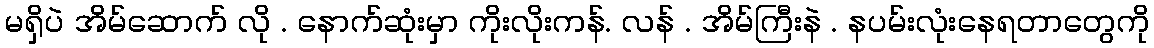
မရှိပဲ အိမ်ဆောက် လို . နောက်ဆုံးမှာ ကိုးလိုးကန်. လန် . အိမ်ကြီးနဲ . နပမ်းလုံးနေရတာတွေကို